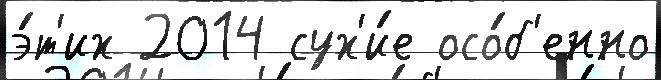
э́т'их 2014 сух'и́е осо́б'енно